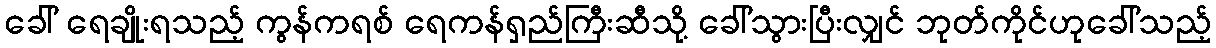
ခေါ် ရေချိုးရသည့် ကွန်ကရစ် ရေကန်ရှည်ကြီးဆီသို့ ခေါ်သွားပြီးလျှင် ဘုတ်ကိုင်ဟုခေါ်သည့်